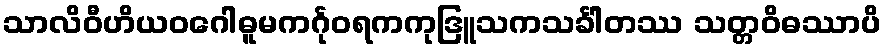
သာလိဝီဟိယဝဂေါဓူမကင်္ဂုဝရကကုဒြူသကသင်္ခါတဿ သတ္တဝိဓဿာပိ